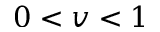
0 < v < 1